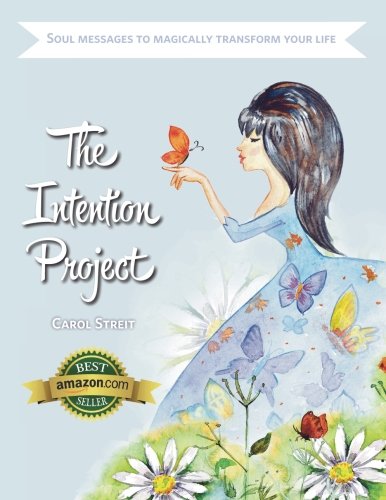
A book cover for The Intention Project: Soul Messages To Magically Transform Your Life; Carol Streit; Self-Help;